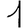
Digit: 1